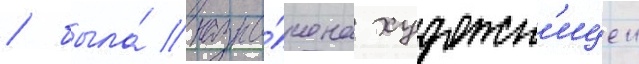
/ была́ назна́чена художн'ицеи